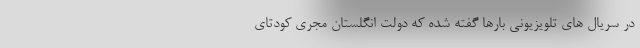
در سریال های تلویزیونی بارها گفته شده که دولت انگلستان مجری کودتای